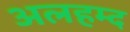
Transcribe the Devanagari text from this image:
अलहम्द